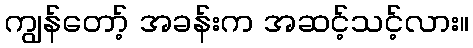
ကျွန်တော့် အခန်းက အဆင့်သင့်လား။